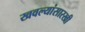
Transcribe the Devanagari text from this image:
खवल्यांसारखी